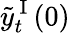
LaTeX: \tilde{y}_{t}^{\mathrm{~I~}}(0)